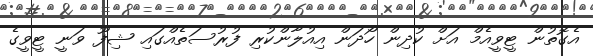
އެގޮތުން ޓީވީއެމް އަށް ކުދިން ހޯދަން އިއުލާންކުރި ފުރުސަތެއްގައި ޝިފޫ ވަނީ ޓީވީގެ